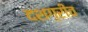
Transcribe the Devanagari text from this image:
दशग़्रीव